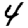
Digit: 4